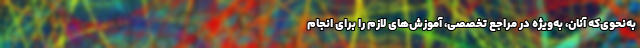
به‌نحوی‌که آنان، به‌ویژه در مراجع تخصصی، آموزش‌های لازم را برای انجام